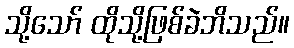
သို့သော် ထိုသို့ဖြစ်ခဲဘိသည်။